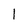
Character: 1